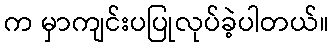
က မှာကျင်းပပြုလုပ်ခဲ့ပါတယ်။